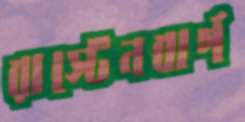
রাস্টেনবার্গ